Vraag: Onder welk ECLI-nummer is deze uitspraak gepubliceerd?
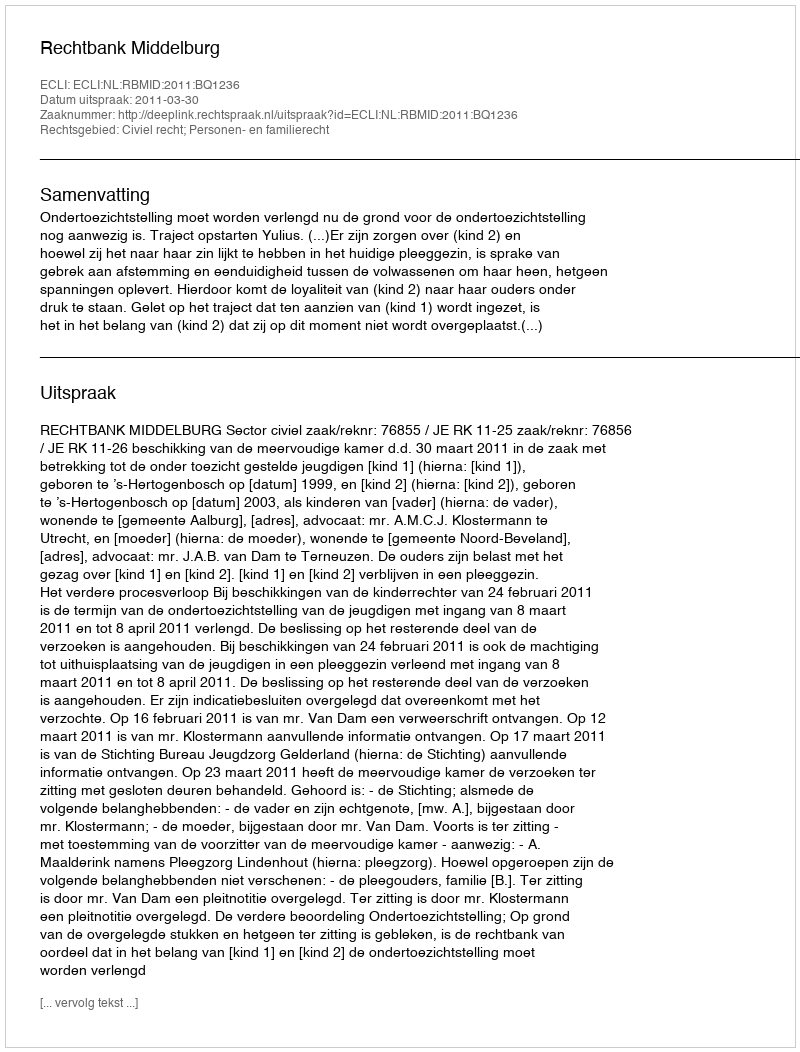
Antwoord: ECLI:NL:RBMID:2011:BQ1236